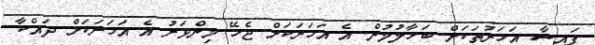
ފައިސާ އަހަރުތަކަށް ބަހާލުމުން އެ އަހަރަކަށް ޖެހޭ މިންވަރު އެ އަހަރަކަށް ދައްކާ